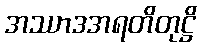
အဿာဒအရတိတုဋ္ဌိ